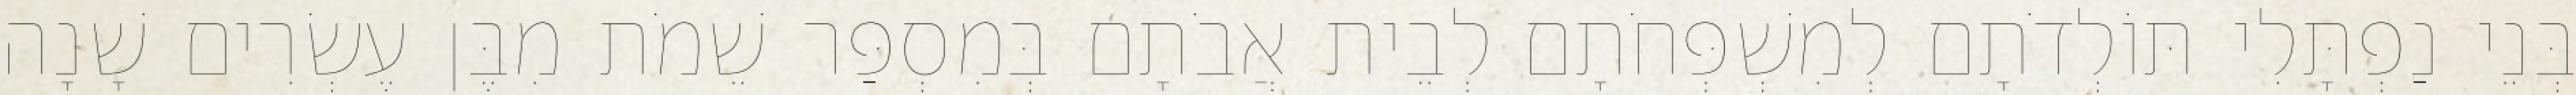
בְּנֵי נַפְתָּלִי תּוֹלְדֹתָם לְמִשְׁפְּחֹתָם לְבֵית אֲבֹתָם בְּמִסְפַּר שֵׁמֹת מִבֶּן עֶשְׂרִים שָׁנָה